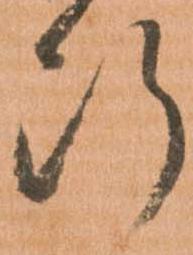
断